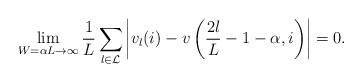
\begin{align*}\lim_{W=\alpha L\to\infty}\frac{1}{L}\sum_{l\in\mathcal{L}}\left| v_{l}(i) - v\left( \frac{2l}{L} - 1-\alpha,i \right)\right|=0. \end{align*}